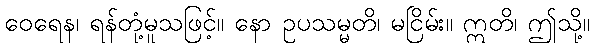
ဝေရေန၊ ရန်တုံ့မူသဖြင့်။ နော ဥပသမ္မတိ၊ မငြိမ်း။ ဣတိ၊ ဤသို့။